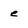
Character: e